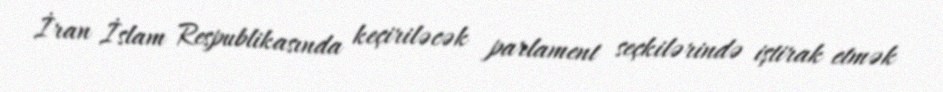
İran İslam Respublikasında keçiriləcək parlament seçkilərində iştirak etmək